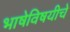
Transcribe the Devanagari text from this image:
भाषेविषयीचे